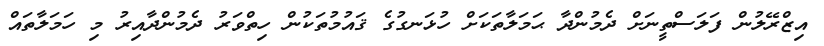
އިޒްރޭލުން ފަލަސްތީނަށް ދެމުންދާ ޙަމަލާތަކަށް ހުޅަނގުގެ ޤައުމުތަކުން ހިތްވަރު ދެމުންދާއިރު މި ހަމަލާތައް